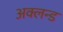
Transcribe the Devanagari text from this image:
अक्लन्ड